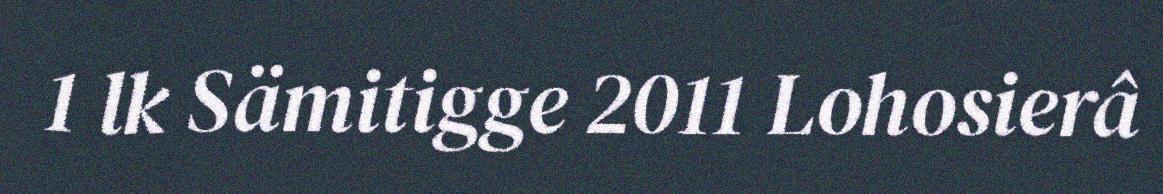
1 lk Sämitigge 2011 Lohosierâ